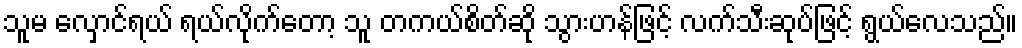
သူမ လှောင်ရယ် ရယ်လိုက်တော့ သူ တကယ်စိတ်ဆို သွားဟန်ဖြင့် လက်သီးဆုပ်ဖြင့် ရွယ်လေသည်။